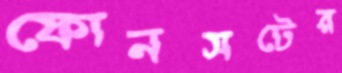
ফোনসটের